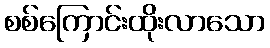
စစ်ကြောင်းထိုးလာသော